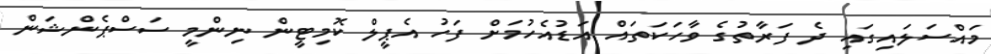
މައްސަލައިގައި ދެ ފަރާތުގެ ވާހަކަތައް އަޑުއެހުމަށް ފަހު އެޕީލް ކޮމިޓީން ނިންމީ ސަސްޕެންޝަން